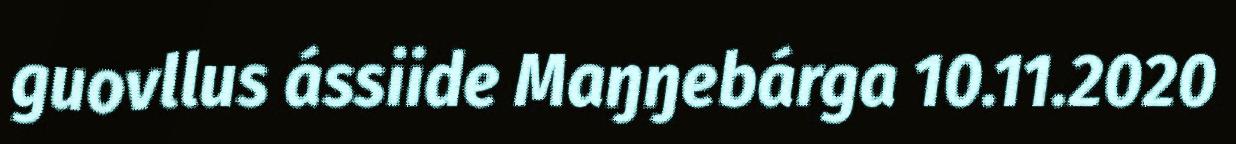
guovllus ássiide Maŋŋebárga 10.11.2020